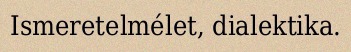
Ismeretelmélet, dialektika.